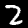
Digit: 2